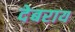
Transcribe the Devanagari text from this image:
देबराय